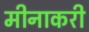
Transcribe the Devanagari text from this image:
मीनाकरी